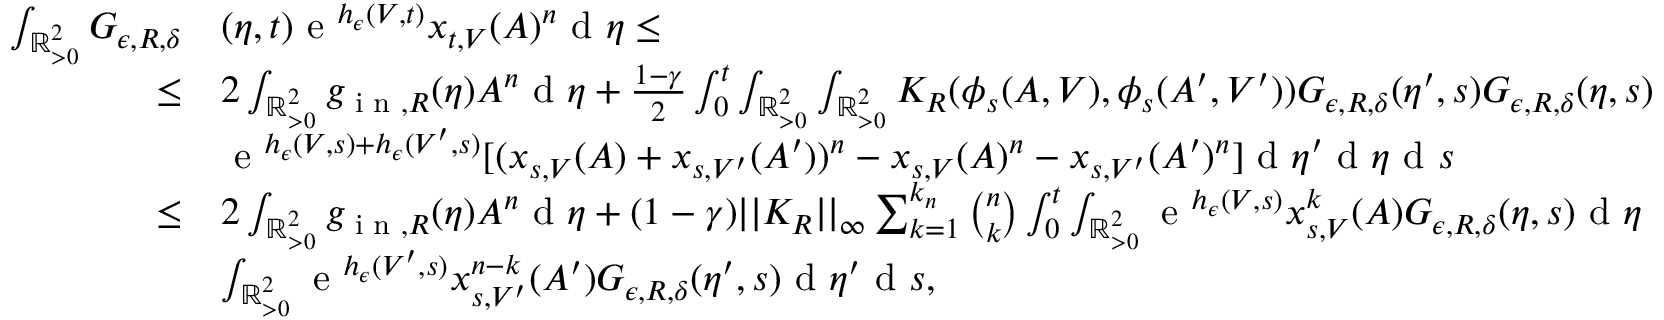
\begin{array} { r l } { \int _ { \mathbb { R } _ { > 0 } ^ { 2 } } G _ { \epsilon , R , \delta } } & { ( \eta , t ) \textup { e } ^ { h _ { \epsilon } ( V , t ) } x _ { t , V } ( A ) ^ { n } \textup { d } \eta \leq } \\ { \leq } & { 2 \int _ { \mathbb { R } _ { > 0 } ^ { 2 } } g _ { \textup { i n } , R } ( \eta ) A ^ { n } \textup { d } \eta + \frac { 1 - \gamma } { 2 } \int _ { 0 } ^ { t } \int _ { \mathbb { R } _ { > 0 } ^ { 2 } } \int _ { \mathbb { R } _ { > 0 } ^ { 2 } } K _ { R } ( \phi _ { s } ( A , V ) , \phi _ { s } ( A ^ { \prime } , V ^ { \prime } ) ) G _ { \epsilon , R , \delta } ( \eta ^ { \prime } , s ) G _ { \epsilon , R , \delta } ( \eta , s ) } \\ & { \textup { e } ^ { h _ { \epsilon } ( V , s ) + h _ { \epsilon } ( V ^ { \prime } , s ) } [ ( x _ { s , V } ( A ) + x _ { s , V ^ { \prime } } ( A ^ { \prime } ) ) ^ { n } - x _ { s , V } ( A ) ^ { n } - x _ { s , V ^ { \prime } } ( A ^ { \prime } ) ^ { n } ] \textup { d } \eta ^ { \prime } \textup { d } \eta \textup { d } s } \\ { \leq } & { 2 \int _ { \mathbb { R } _ { > 0 } ^ { 2 } } g _ { \textup { i n } , R } ( \eta ) A ^ { n } \textup { d } \eta + ( 1 - \gamma ) | | K _ { R } | | _ { \infty } \sum _ { k = 1 } ^ { k _ { n } } \binom { n } { k } \int _ { 0 } ^ { t } \int _ { \mathbb { R } _ { > 0 } ^ { 2 } } \textup { e } ^ { h _ { \epsilon } ( V , s ) } x _ { s , V } ^ { k } ( A ) G _ { \epsilon , R , \delta } ( \eta , s ) \textup { d } \eta } \\ & { \int _ { \mathbb { R } _ { > 0 } ^ { 2 } } \textup { e } ^ { h _ { \epsilon } ( V ^ { \prime } , s ) } x _ { s , V ^ { \prime } } ^ { n - k } ( A ^ { \prime } ) G _ { \epsilon , R , \delta } ( \eta ^ { \prime } , s ) \textup { d } \eta ^ { \prime } \textup { d } s , } \end{array}